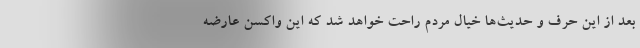
بعد از این حرف و حدیث‌ها خیال مردم راحت خواهد شد که این واکسن عارضه